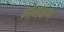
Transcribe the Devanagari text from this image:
गोभक्षण